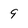
Character: 9